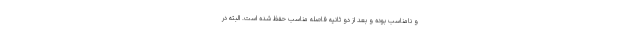
و نامناسب بوده و بعد از دو ثانیه فاصله مناسب حفظ شده است. البته در